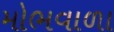
મોભવાળા